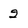
Character: 2